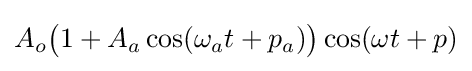
A_{o}{\bigl (}1+A_{a}\cos(\omega _{a}t+p_{a}){\bigr )}\cos(\omega t+p)